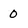
Character: 0